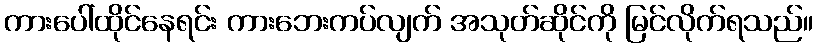
ကားပေါ်ထိုင်နေရင်း ကားဘေးကပ်လျက် အသုတ်ဆိုင်ကို မြင်လိုက်ရသည်။